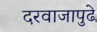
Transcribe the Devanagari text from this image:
दरवाजापुढे